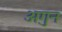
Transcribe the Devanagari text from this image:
अगुन